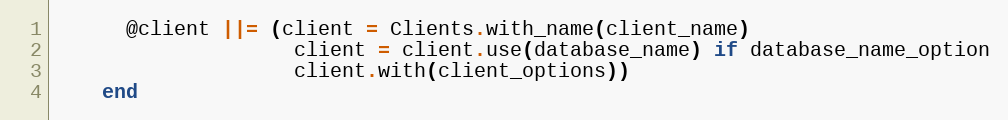
Language: Ruby
      @client ||= (client = Clients.with_name(client_name)
                    client = client.use(database_name) if database_name_option
                    client.with(client_options))
    end